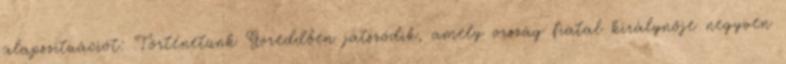
alapszituációt: Történetünk Goreddben játszódik, amely ország fiatal királynője negyven